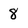
Character: 8